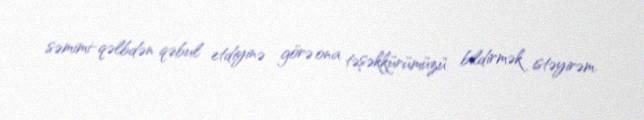
səmimi-qəlbdən qəbul etdiyinə görə ona təşəkkürümüzü bildirmək istəyirəm.